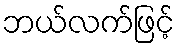
ဘယ်လက်ဖြင့်